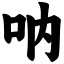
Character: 呐